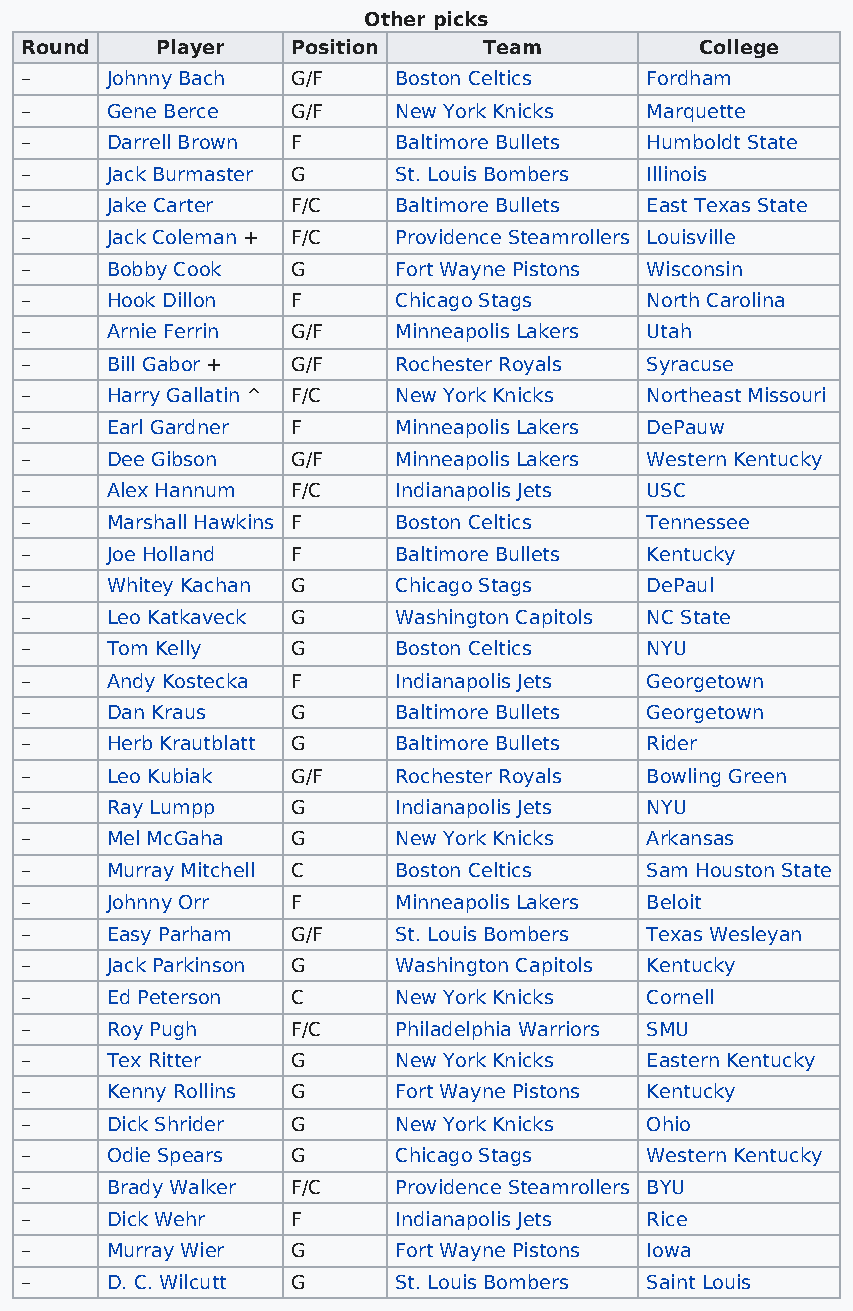
Other picks
 Round    Player   Position     Team          College
 –     Johnny Bach G/F    Boston Celtics   Fordham
 –     Gene Berce  G/F    New York Knicks  Marquette
 –     Darrell Brown F    Baltimore Bullets Humboldt State
 –     Jack Burmaster G   St. Louis Bombers Illinois
 –     Jake Carter F/C    Baltimore Bullets East Texas State
 –     Jack Coleman + F/C Providence Steamrollers Louisville
 –     Bobby Cook  G      Fort Wayne Pistons Wisconsin
 –     Hook Dillon F      Chicago Stags    North Carolina
 –     Arnie Ferrin G/F   Minneapolis Lakers Utah
 –     Bill Gabor + G/F   Rochester Royals Syracuse
 –     Harry Gallatin ^ F/C New York Knicks Northeast Missouri
 –     Earl Gardner F     Minneapolis Lakers DePauw
 –     Dee Gibson  G/F    Minneapolis Lakers Western Kentucky
 –     Alex Hannum F/C    Indianapolis Jets USC
 –     Marshall Hawkins F Boston Celtics   Tennessee
 –     Joe Holland F      Baltimore Bullets Kentucky
 –     Whitey Kachan G    Chicago Stags    DePaul
 –     Leo Katkaveck G    Washington Capitols NC State
 –     Tom Kelly   G      Boston Celtics   NYU
 –     Andy Kostecka F    Indianapolis Jets Georgetown
 –     Dan Kraus   G      Baltimore Bullets Georgetown
 –     Herb Krautblatt G  Baltimore Bullets Rider
 –     Leo Kubiak  G/F    Rochester Royals Bowling Green
 –     Ray Lumpp   G      Indianapolis Jets NYU
 –     Mel McGaha  G      New York Knicks  Arkansas
 –     Murray Mitchell C  Boston Celtics   Sam Houston State
 –     Johnny Orr  F      Minneapolis Lakers Beloit
 –     Easy Parham G/F    St. Louis Bombers Texas Wesleyan
 –     Jack Parkinson G   Washington Capitols Kentucky
 –     Ed Peterson C      New York Knicks  Cornell
 –     Roy Pugh    F/C    Philadelphia Warriors SMU
 –     Tex Ritter  G      New York Knicks  Eastern Kentucky
 –     Kenny Rollins G    Fort Wayne Pistons Kentucky
 –     Dick Shrider G     New York Knicks  Ohio
 –     Odie Spears G      Chicago Stags    Western Kentucky
 –     Brady Walker F/C   Providence Steamrollers BYU
 –     Dick Wehr   F      Indianapolis Jets Rice
 –     Murray Wier G      Fort Wayne Pistons Iowa
 –     D. C. Wilcutt G    St. Louis Bombers Saint Louis